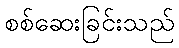
စစ်ဆေးခြင်းသည်